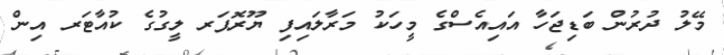
މޭލު ދުރުން ބަޑިޖަހާ އައިއެސްގެ މީހަކު މަރާލައިފި ޔޫރޮޕަރ ލީގުގެ ކުއާޓަރ އިން